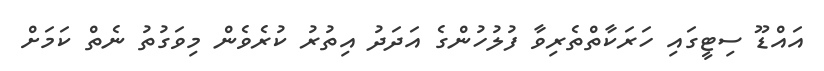
އައްޑޫ ސިޓީގައި ހަރަކާތްތެރިވާ ފުލުހުންގެ އަދަދު އިތުރު ކުރެވެން މިވަގުތު ނެތް ކަމަށް